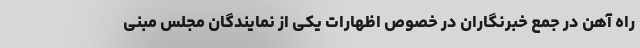
راه آهن در جمع خبرنگاران در خصوص اظهارات یکی از نمایندگان مجلس مبنی